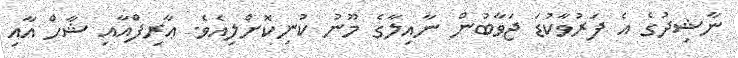
ނާޝިދުގެ އެ ފަރުވާކުޑަ ޖަވާބުން ނާއިލާގެ މޫނު ކުނިކޮށްލިއެވެ. ޢާރިފްއާއި ޝާހް އާއި